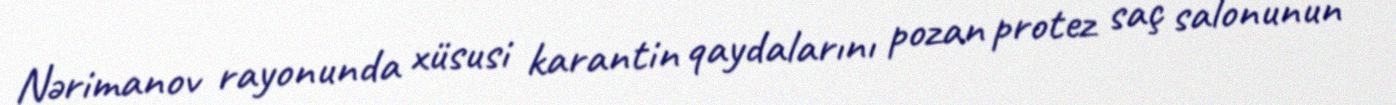
Nərimanov rayonunda xüsusi karantin qaydalarını pozan protez saç salonunun